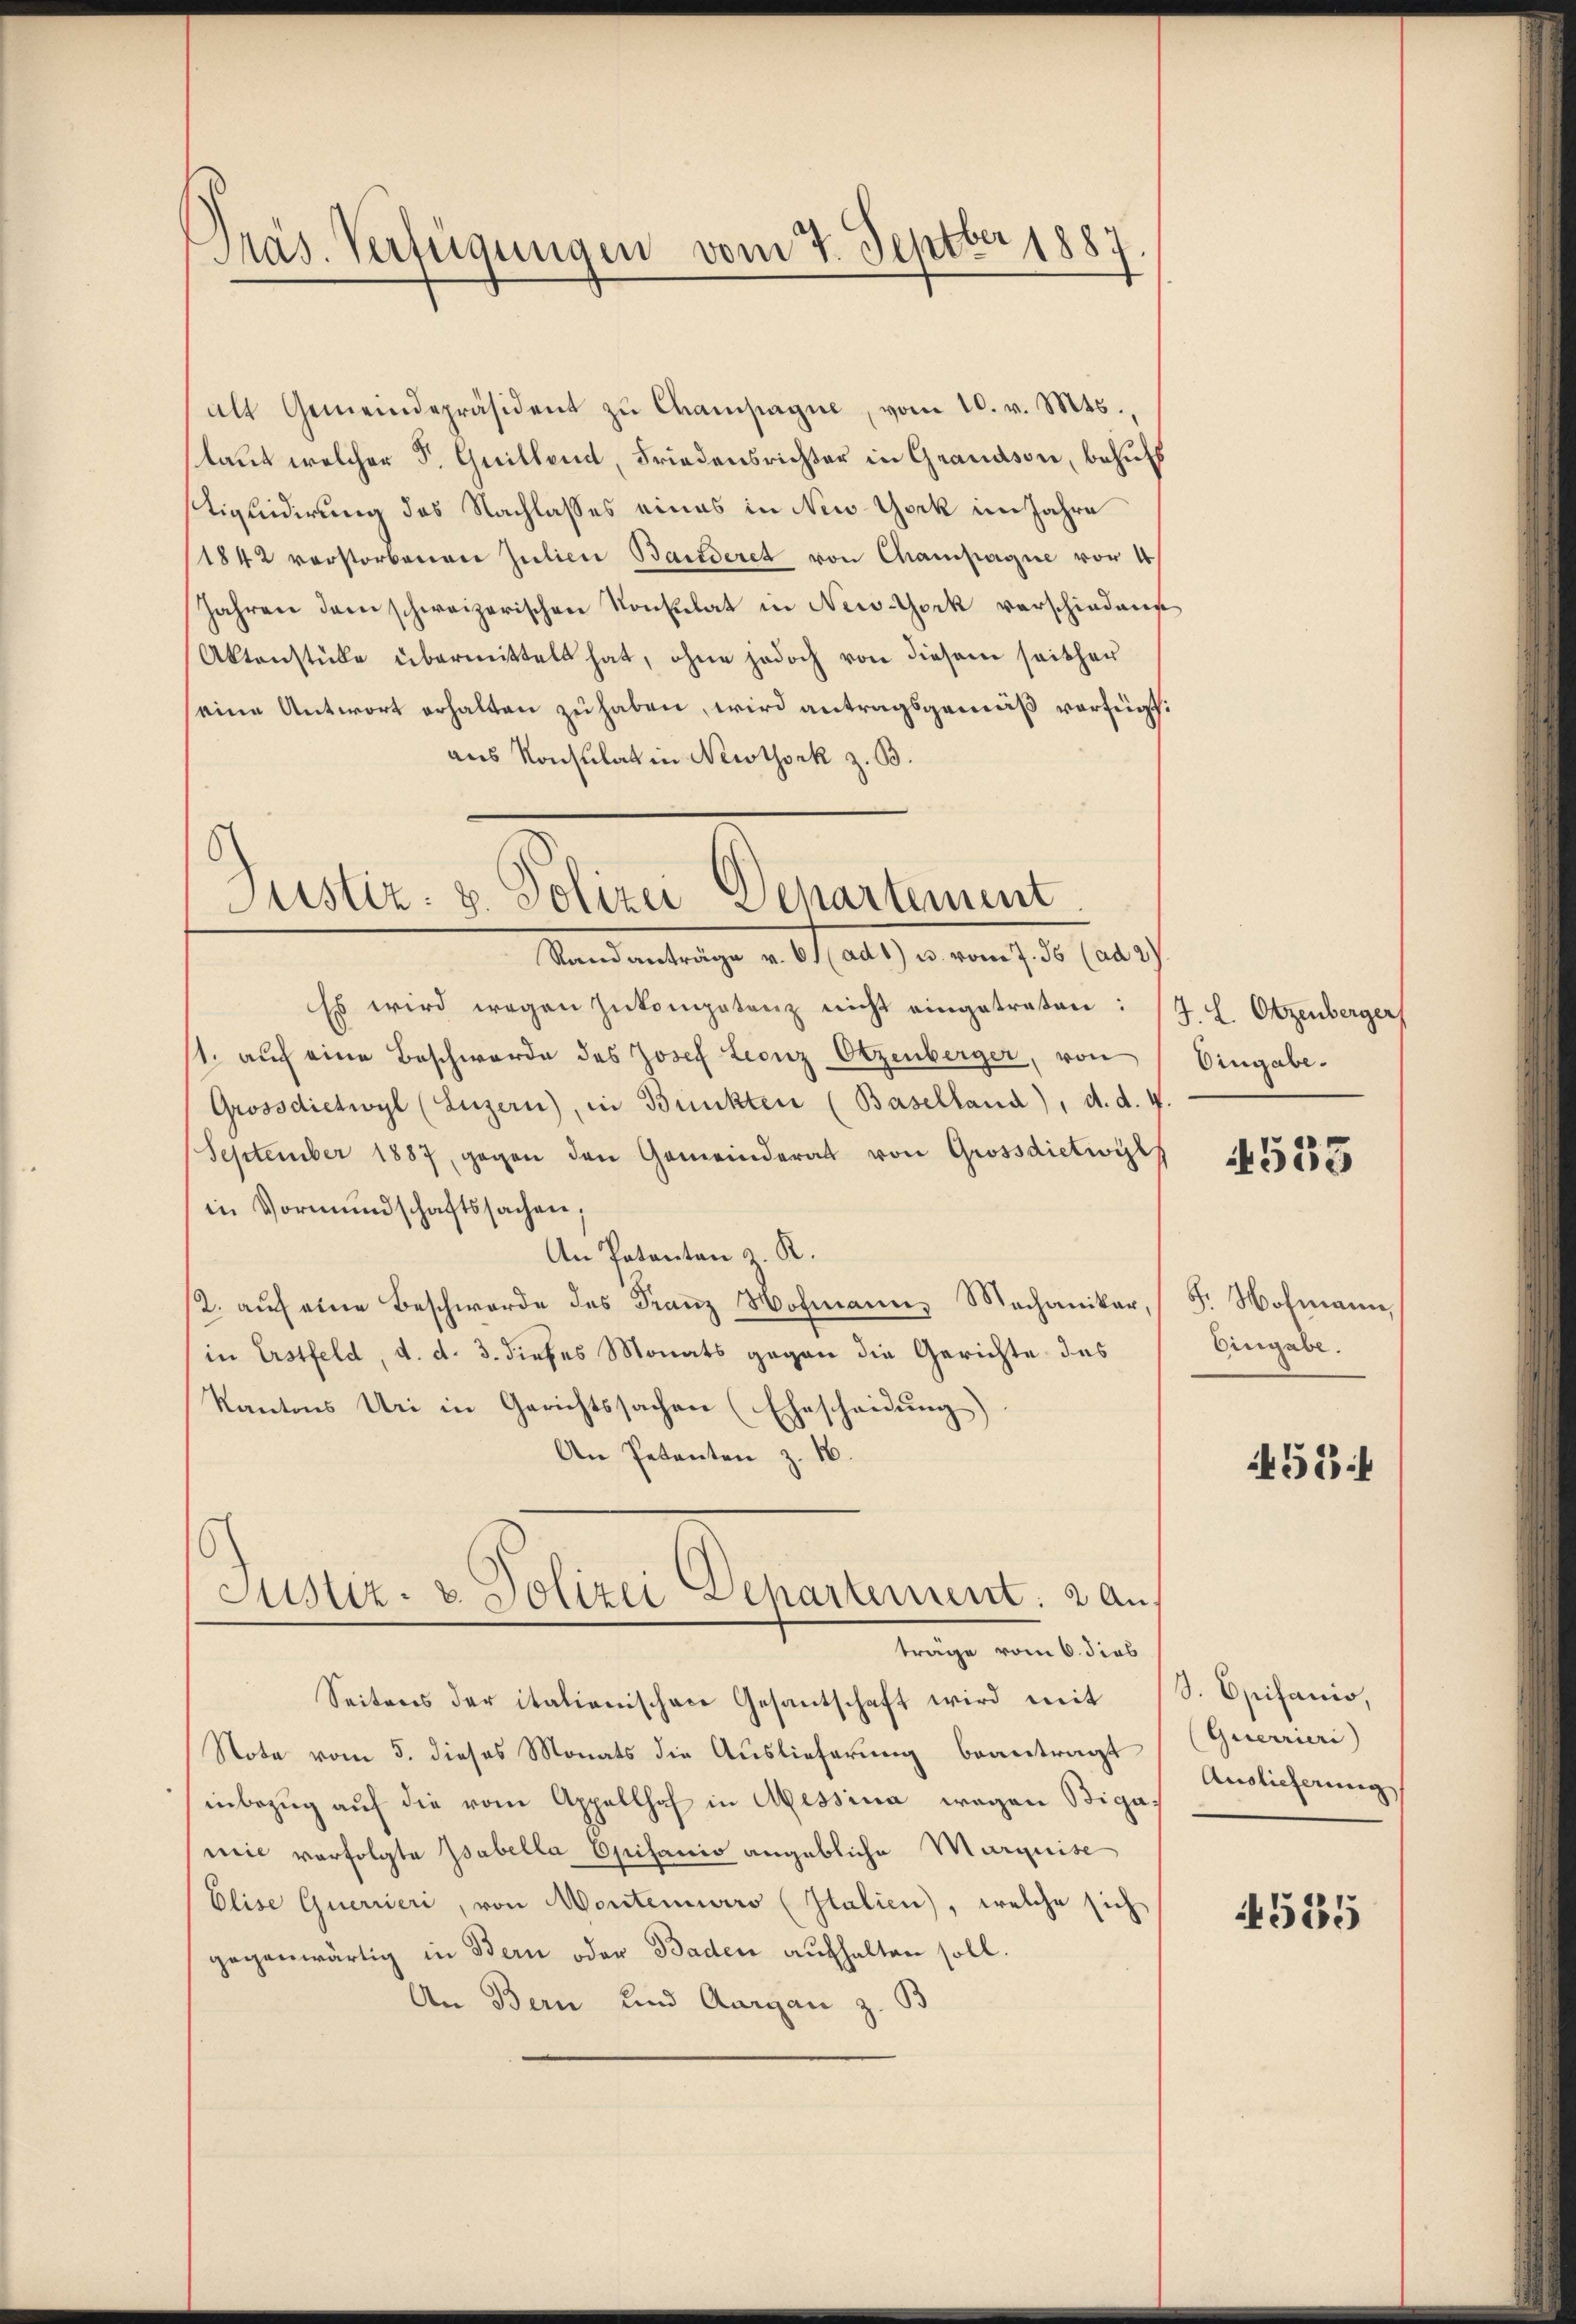
Präs. Verfügungen vom 7. Septber 1887

alt Gemeindepräsident zŭ Champagne, vom 10. v. Mts.,
laut welcher P. Guillend, Friedensrichter in Grandson, behufs
stiquidirung des Nachlasses eines in New York im Jahre
1842 verstorbenen Julien Banderet von Champagne vor 4
Jahren dem schweizerischen Konsulat in New-York verschiedene
Aktenstüke übermittelt hat, ohne jedoch von diesem seither
seine Antwort erhalten zu haben, wird antragsgemäß verfügt:
aus Konsulat in Newtork z. B.
6

Justiz: z. Polizei Departement
Standanträge v. 61 (ad1) u. vom 7. ds (ad 2.

Es wird wegen Inkompetenz nicht eingetreten:
1. auf eine Beschwerde des Josef Leonz Otzenberger, von
Grossdietwyl (Luzern), in Bunkten (Baselland), d. d. 4.
September 1887, gegen den Gemeinderat von Grossdietwyl
in Vormundschaftssachen,
An Patenten z. K.
12. auf eine Beschwerde des Franz Hofmann, Mechaniker,
in Erstfeld, d. d. 3. dieses Monats gegen die Gerichte des
Kantons Uri in Gerichtssachen (Ehescheidung) |
An Petenten z. 16.

Justiz- & Polizei Departement. 2 An
träge vom 6. dies

Seitens der italienischere Gesantschaft wird mit S. Opifanio,
Note vom 5. dieses Monats die Auslieferung beantragt
inbezug auf die vom Appellhof in Messina wegen Bigamie verfolgte Tabella Episanio angebliche Marquise
Elise Querrieri, von Wortenuero (Italien), welche sich
gegenwärtig in Bern oder Baden aufhalten soll.
An Bern und Aargau z. B

7. E. Otzenberger
Eingabe.

4535

F. Hofmann,
Eingabe.

524

(Querrieri
Auslieferung

1535